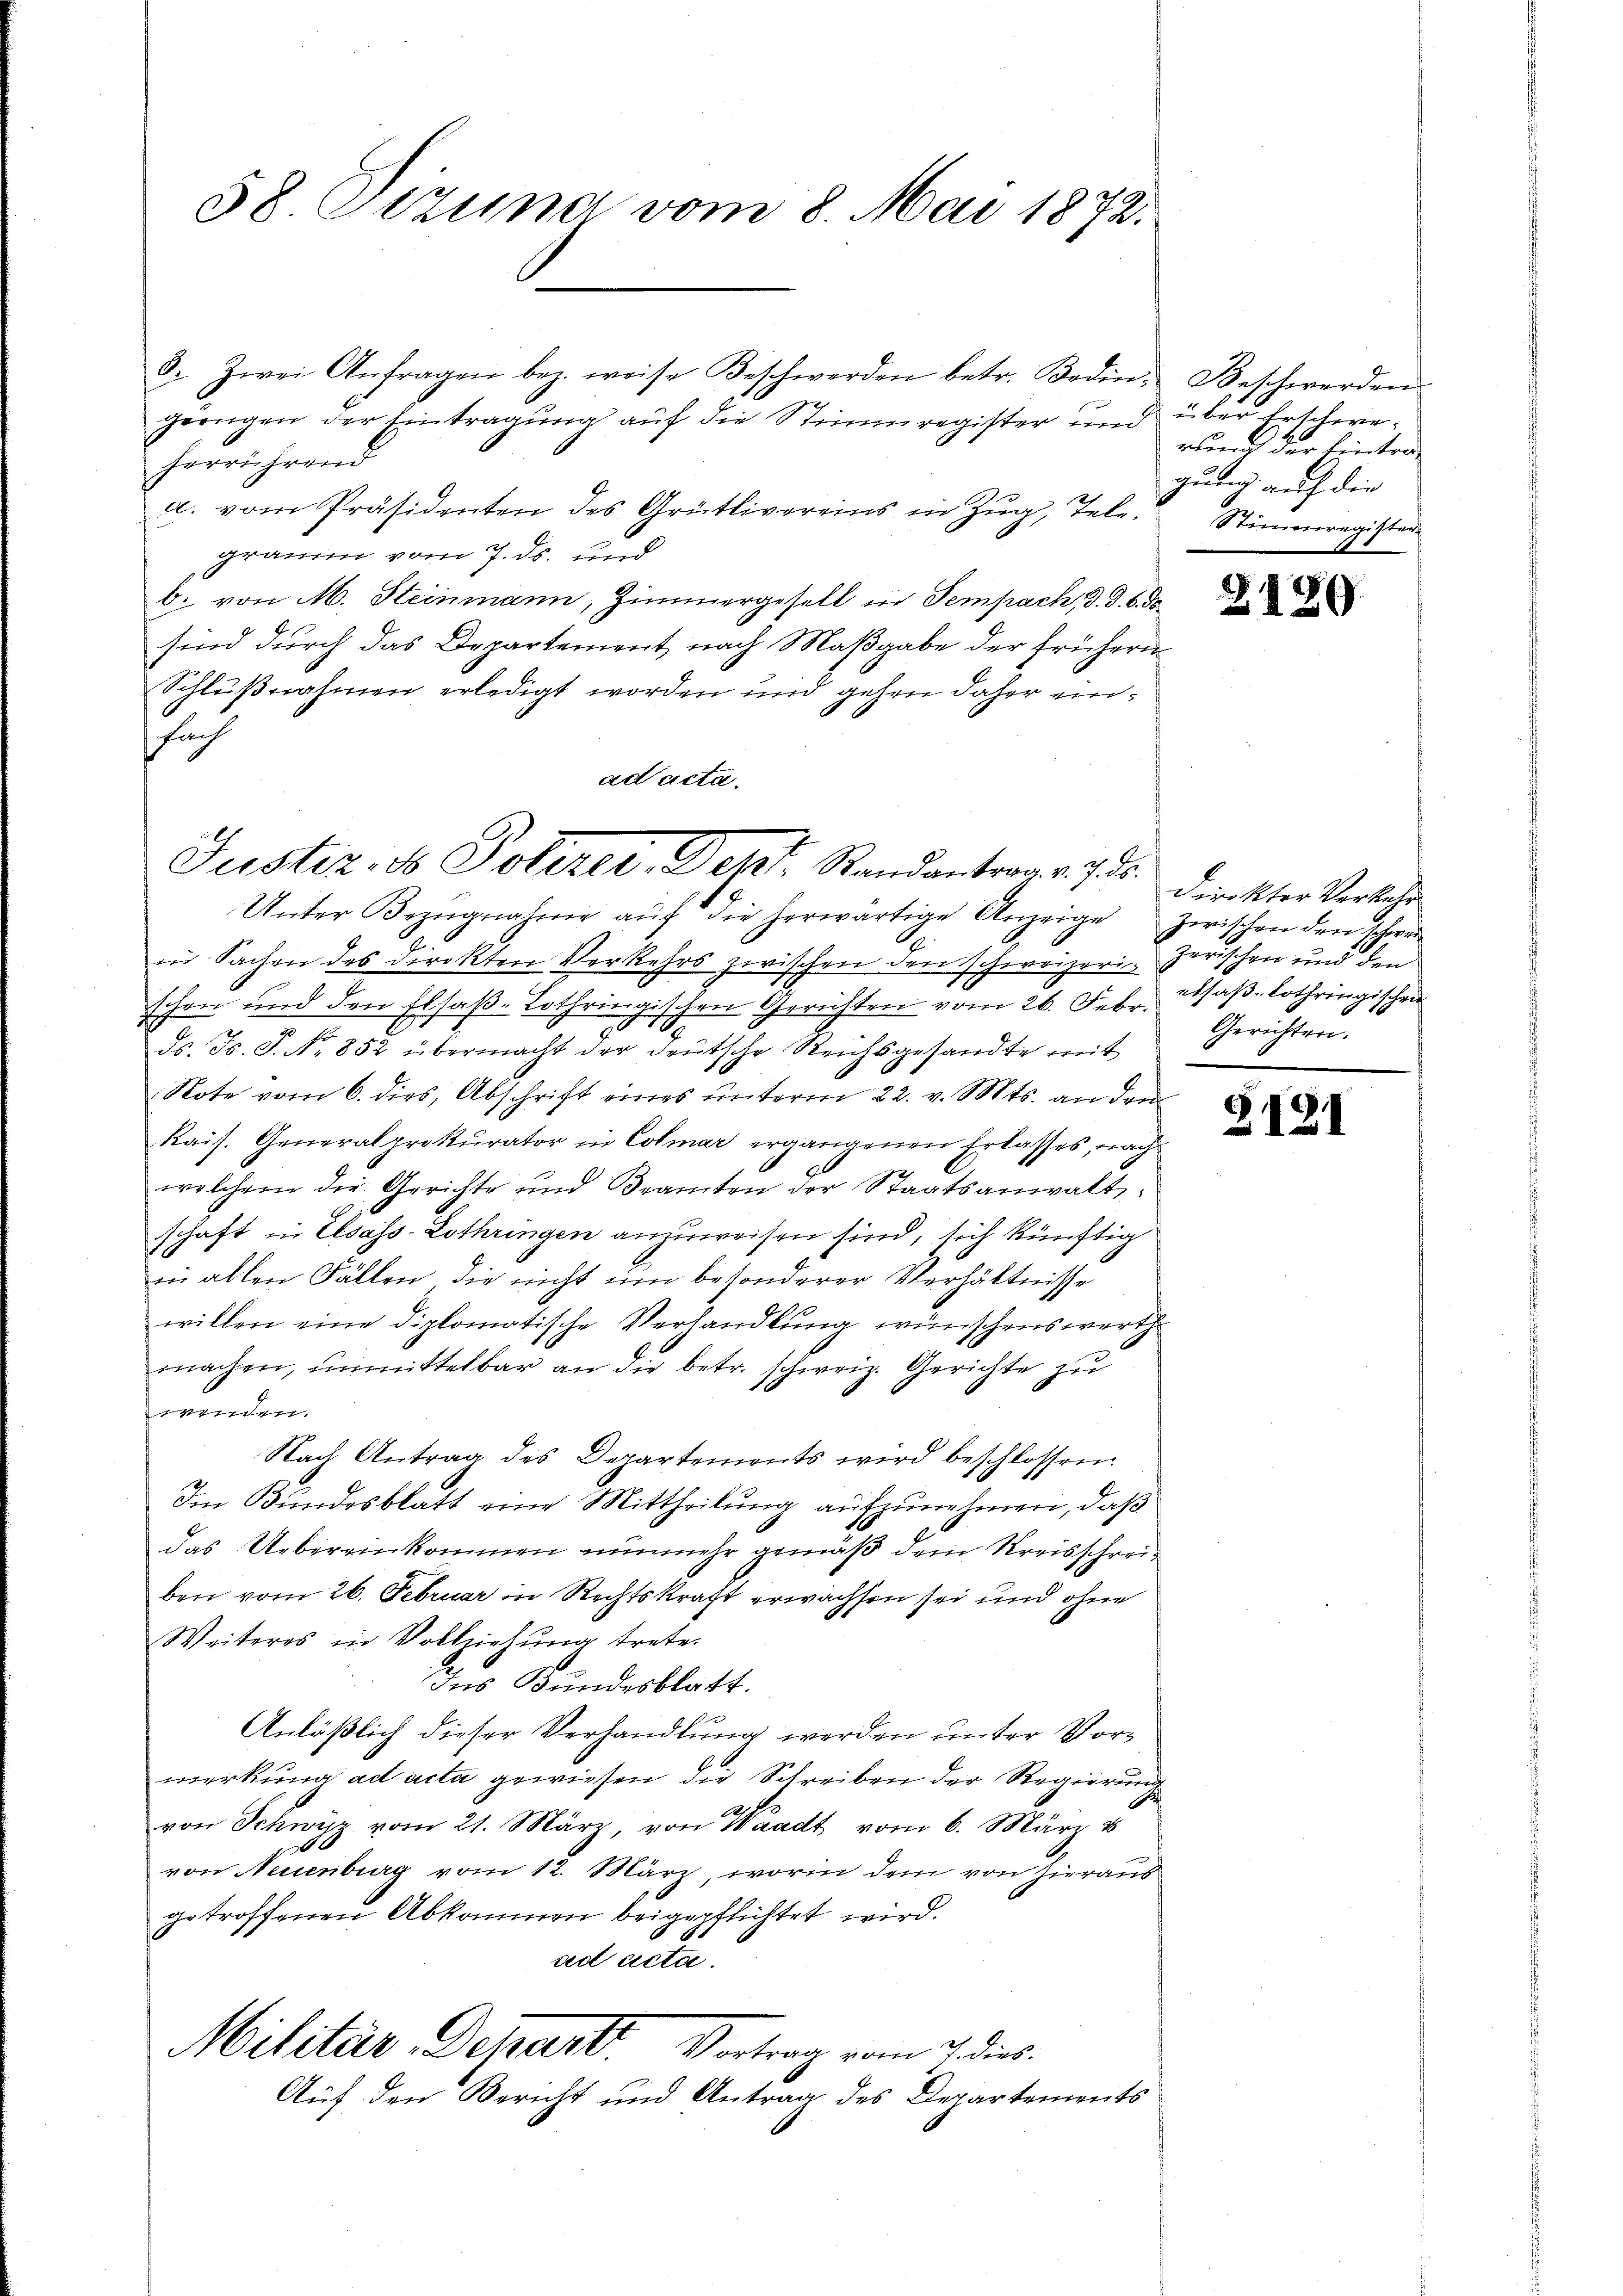
58 Vizuna vom 8. Mai 1872.

görnigen der Eintragung auf die Stimmregister und über Erschreherrührend
a. vom Präsidenten des Grütlivereins in Zŭg, Tele. Stimmregister
gramm vom 7. ds. und
b. von M. Steinmann, Zimmergesell in Sempach, d. d. 6. ds
sind durch das Departement nach Maßgabe der früheren
Schlußnahmen erledigt worden und gehen daher einfuch
ad acta.
Unter Bezŭgnahme aŭf die herwärtige Anzeige zwischen den schwei
in Sachen des Direkten Verkehrs zwischen den schweizerischen und den Elsaβ-Lothringischen Gerichten vom 26. Febr. saß-Lothringischen
70
ds. Js. S. Nr. 852 übermacht der deutsche Reichsgesandte mit
Note vom 6. dies, Abschrift eines unterm 22. v. Mts. an dem
Rais. Generalprokurator in Colmar ergangenen Erlasses, nach
welchem die Gerichte und Beamten der Staatsanwalt
schaft in Elsass-Lothringen anzuweisen sind, sich künftig
in allen Fällen, die nicht um besonderer Verhältnisse
willen eine diplomatische Verhandlung wünschenswerth
machen, unmittelbar an die betr. schweiz. Gerichte zu
winden.
Nach Antrag des Departements wird beschlossen.
Im Bundesblatt eine Mittheilung aufzunehmen, daß
das Uebereinkommen nunmehr gemäß dem Kreisschreiben vom 26. Februar in Rechtskraft erwachsen sei und ohne
Weiteres in Vollziehung trete.
Ins Bundesblatt.
Anläßlich dieser Verhandlung werden unter Vormerkung ad acta gewiesen die Schreiben der Regierung
von Schwyz vom 21. März, von Waadt vom 6. März u
0
von Neuenburg vom 12. März, worin dem von hieraus
getroffenen Abkommen beigepflichtet wird.
§ 85
ad acta.
Militär, Depart. Vortrag vom 7. dies
Auf den Bericht und Antrag des Departements

8. Zwei Anfragen bez. weise Beschwerden betr. Bedin. Beschwerden

Justiz, so Polizei, Dept. Randantrag v. 7.

rund der Eintragung auf die

2

§1

420

direkter Verkehr
zerischen und den
Gerichten.

1